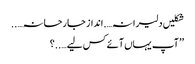
شکلیں دلیرانہ….انداز جارحانہ…..
’’آپ یہاں آئے کس لیے…..؟